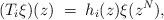
LaTeX: \begin{align*}(T_i\xi)(z)\;=\;h_i(z)\xi(z^N),\end{align*}